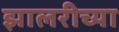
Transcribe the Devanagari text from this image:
झालरीच्या